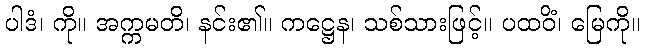
ပါဒံ၊ ကို။ အက္ကမတိ၊ နင်း၏။ ကဋ္ဌေန၊ သစ်သားဖြင့်။ ပထဝိံ၊ မြေကို။